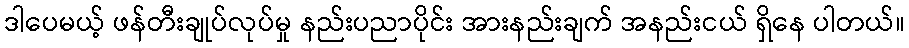
ဒါပေမယ့် ဖန်တီးချုပ်လုပ်မှု နည်းပညာပိုင်း အားနည်းချက် အနည်းငယ် ရှိနေ ပါတယ်။